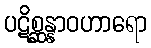
ပဋိစ္ဆန္နာဝဟာရော